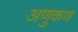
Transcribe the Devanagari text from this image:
अणुकण